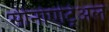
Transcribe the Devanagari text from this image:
सीनोएट्रिअल